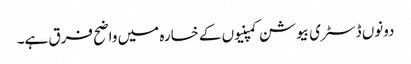
دونوں ڈسٹری بیوشن کمپنیوں کے خسارہ میں واضح فرق ہے۔